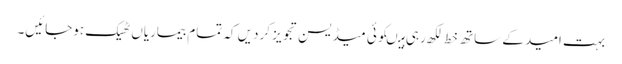
بہت امید کے ساتھ خط لکھ رہی ہیںکوئی میڈیسن تجویز کردیں کہ تمام بیماریاں ٹھیک ہوجائیں۔